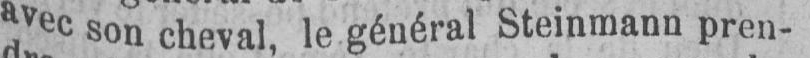
avec son cheval, le général Steinmann pren-